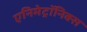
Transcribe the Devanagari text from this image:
एनिमेट्रॉनिक्स